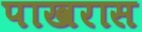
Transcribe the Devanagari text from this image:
पाखरास